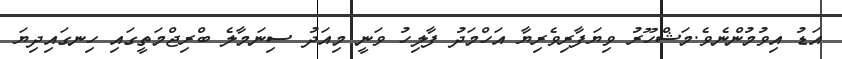
އަޑު އިވުމުންނެވެ.މަޝްހޫރު ވިޔަފާރިވެރިޔާ އަހްމަދު ފާލިހު ވަނީ މިއަދު ސިނަމާލެ ބްރިޖްމަތީގައި ހިނގައިދިޔަ